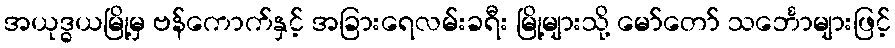
အယုဒ္ဓယမြို့မှ ဗန်ကောက်နှင့် အခြားရေလမ်းခရီး မြို့များသို့ မော်တော် သင်္ဘောများဖြင့်